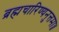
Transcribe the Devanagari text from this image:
ब्रह्मचारिण्यनुत्तमा॥